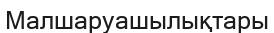
Малшаруашылықтары